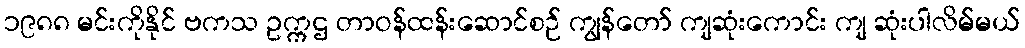
၁၉၈၈ မင်းကိုနိုင် ဗကသ ဥက္ကဌ တာဝန်ထန်းဆောင်စဉ် ကျွန်တော် ကျဆုံးကောင်း ကျ ဆုံးပါလိမ်မယ်